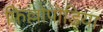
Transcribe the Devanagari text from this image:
फ़िल्लोपोडिया